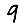
Digit: 9